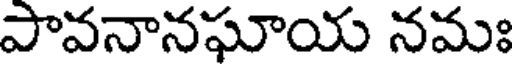
పావనానఘాయ నమః